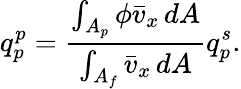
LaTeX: q_{p}^{p}=\frac{\int_{A_{p}}\phi\bar{v}_{x}\, dA}{\int_{A_{f}}\bar{v}_{x}\, dA}q_{p}^{s}.